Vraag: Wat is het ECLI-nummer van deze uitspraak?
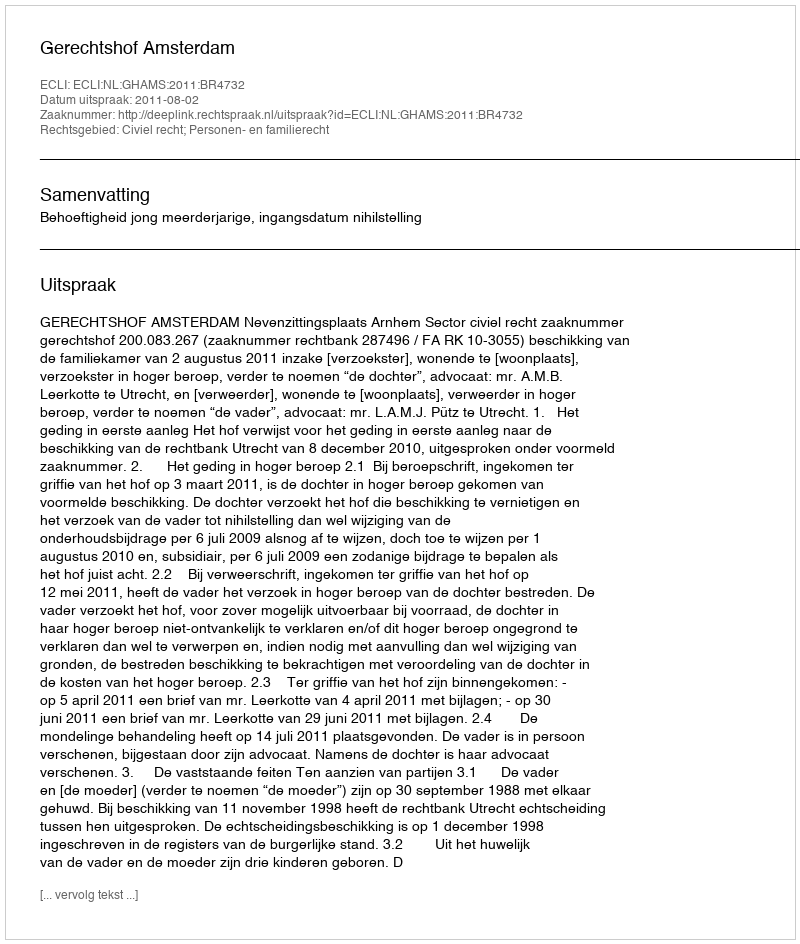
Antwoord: ECLI:NL:GHAMS:2011:BR4732